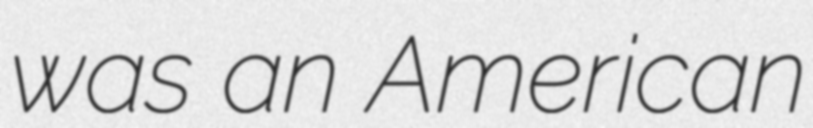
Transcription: was an American